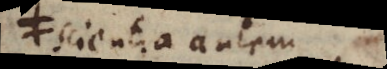
Scientia autem